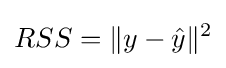
RSS=\|y-{\hat {y}}\|^{2}